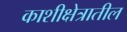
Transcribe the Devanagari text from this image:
काशीक्षेत्रातील